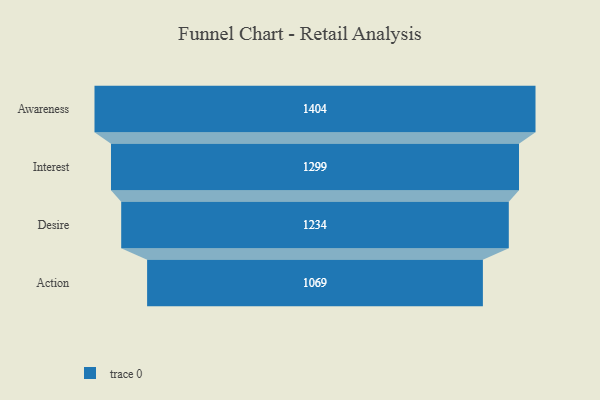
{"axis": {"x": "Stage", "y": "Value"}, "legend": [""], "data": [{"x": "Awareness", "y": 1404.0, "type": ""}, {"x": "Interest", "y": 1299.0, "type": ""}, {"x": "Desire", "y": 1234.0, "type": ""}, {"x": "Action", "y": 1069.0, "type": ""}]}